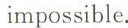
impossible.